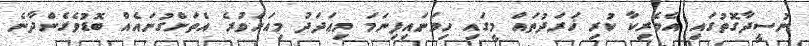
ނުސީދާގޮތުގައި އެމެރިކާ ކުރި ޚަރަދުތައް މީގައި ހިމަނައިފިނަމަ މިޢަދަދު މިއަށްވުރެ އެތަށްގުނައެއް ބޮޑުވެގެންދާނެ